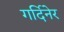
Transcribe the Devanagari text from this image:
गर्दिनेर